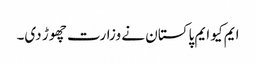
ایم کیو ایم پاکستان نے وزارت چھوڑ دی۔